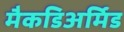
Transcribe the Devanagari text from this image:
मैकडिअर्मिड